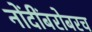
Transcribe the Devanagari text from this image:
नोंदींबरोबरच